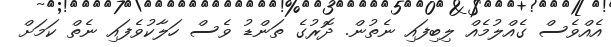
އެއްވެސް ގެއްލުމެއް ލިބިފައި ނެތުން. ދޮރުގެ ތަންޑު ވެސް ހަލާކުވެފައި ނެތް ކަމަށް